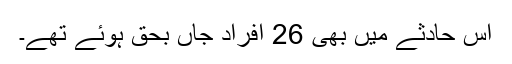
اس حادثے میں بھی 26 افراد جاں بحق ہوئے تھے۔